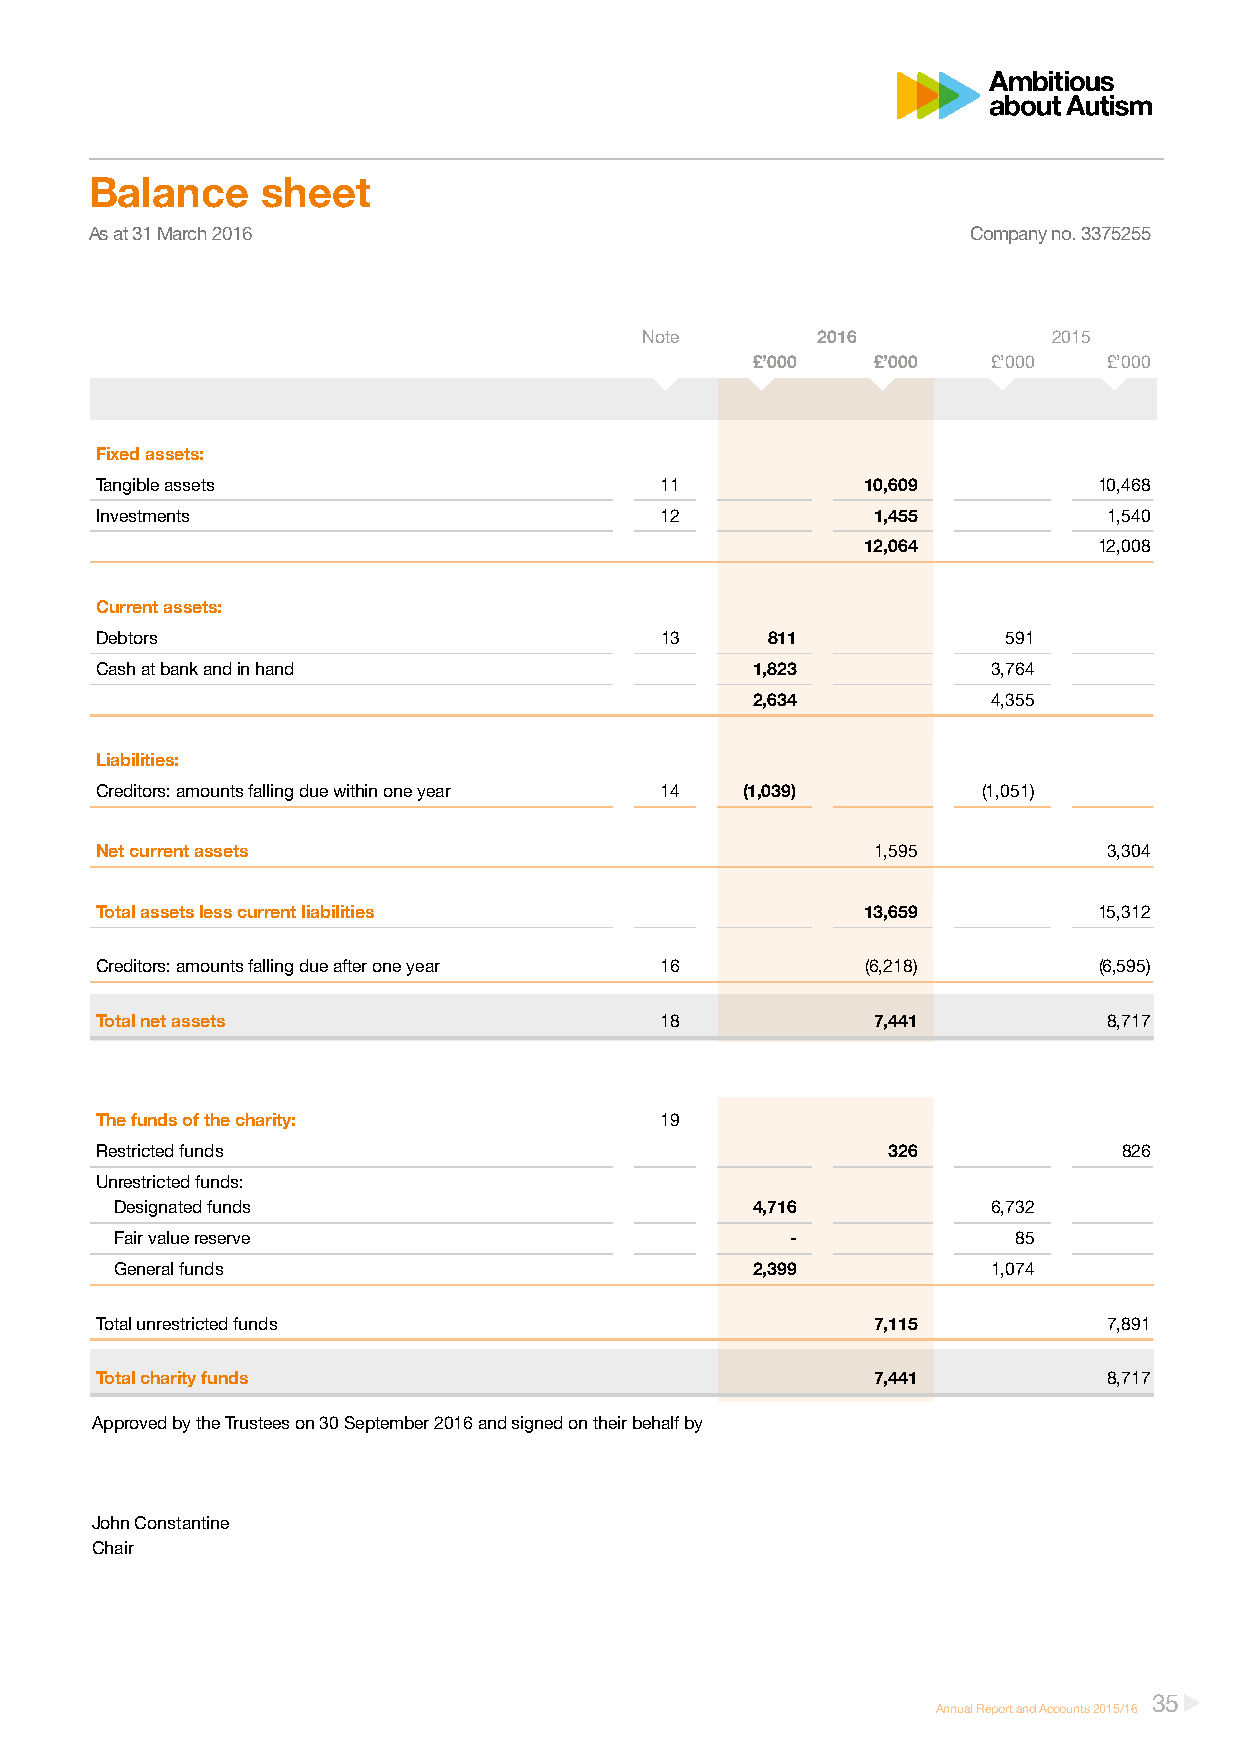
Balance    sheet
 As at 31 March 2016                                       Company no. 3375255
 Note       2016            2015
 £’000   £’000   £’000  £’000
 Fixed assets:
 Tangible assets                       11           10,609          10,468
 Investments                           12            1,455          1,540
 12,064          12,008
 Current assets:
 Debtors                               13     811             591
 Cash at bank and in hand                    1,823           3,764
 2,634           4,355
 Liabilities:
 Creditors: amounts falling due within one year 14 (1,039)  (1,051)
 Net current assets                                  1,595          3,304
 Total assets less current liabilities              13,659          15,312
 Creditors: amounts falling due after one year 16   (6,218)         (6,595)
 Total net assets                      18            7,441          8,717
 The funds of the charity:             19
 Restricted funds                                     326            826
 Unrestricted funds:
 Designated funds                          4,716           6,732
 Fair value reserve                          -              85
 General funds                             2,399           1,074
 Total unrestricted funds                            7,115          7,891
 Total charity funds                                 7,441          8,717
 Approved by the Trustees on 30 September 2016 and signed on their behalf by
 John Constantine
 Chair
 35
 Annual Report and Accounts 2015/16